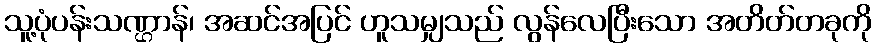
သူ့ပုံပန်းသဏ္ဌာန်၊ အဆင်အပြင် ဟူသမျှသည် လွန်လေပြီးသော အတိတ်တခုကို